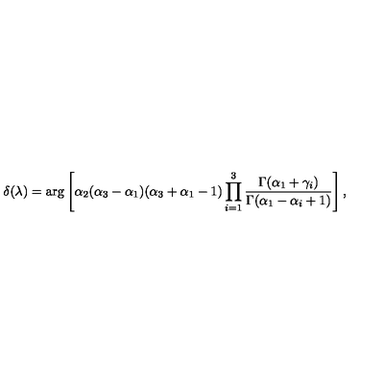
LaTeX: \delta ( \lambda ) = \arg \left[ \alpha _ { 2 } ( \alpha _ { 3 } - \alpha _ { 1 } ) ( \alpha _ { 3 } + \alpha _ { 1 } - 1 ) \prod _ { i = 1 } ^ { 3 } \frac { \Gamma ( \alpha _ { 1 } + \gamma _ { i } ) } { \Gamma ( \alpha _ { 1 } - \alpha _ { i } + 1 ) } \right] ,